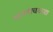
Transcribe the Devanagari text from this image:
धनचंचवाद्य